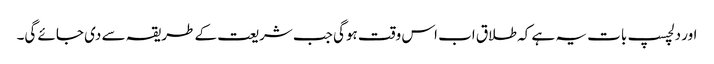
اور دلچسپ بات یہ ہے کہ طلاق اب اس وقت ہوگی جب شریعت کے طریقہ سے دی جائے گی۔